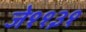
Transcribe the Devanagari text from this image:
जे११३१